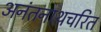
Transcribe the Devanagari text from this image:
अनंतनाथचरित